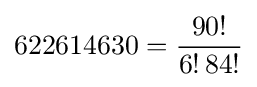
622614630={\frac {90!}{6!\,84!}}